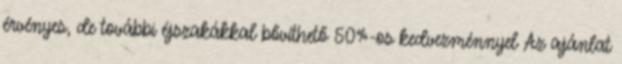
érvényes, de további éjszakákkal bővíthető 50%-os kedvezménnyel Az ajánlat